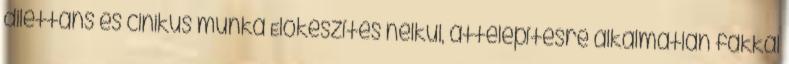
dilettáns és cinikus munka Előkészítés nélkül, áttelepítésre alkalmatlan fákkal